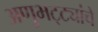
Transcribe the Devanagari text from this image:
अणुभट्ट्यांचे